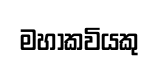
මහාකවියකු